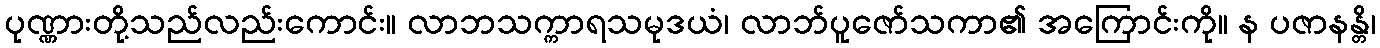
ပုဏ္ဏားတို့သည်လည်းကောင်း။ လာဘသက္ကာရသမုဒယံ၊ လာဘ်ပူဇော်သကာ၏ အကြောင်းကို။ န ပဇာနန္တိ၊